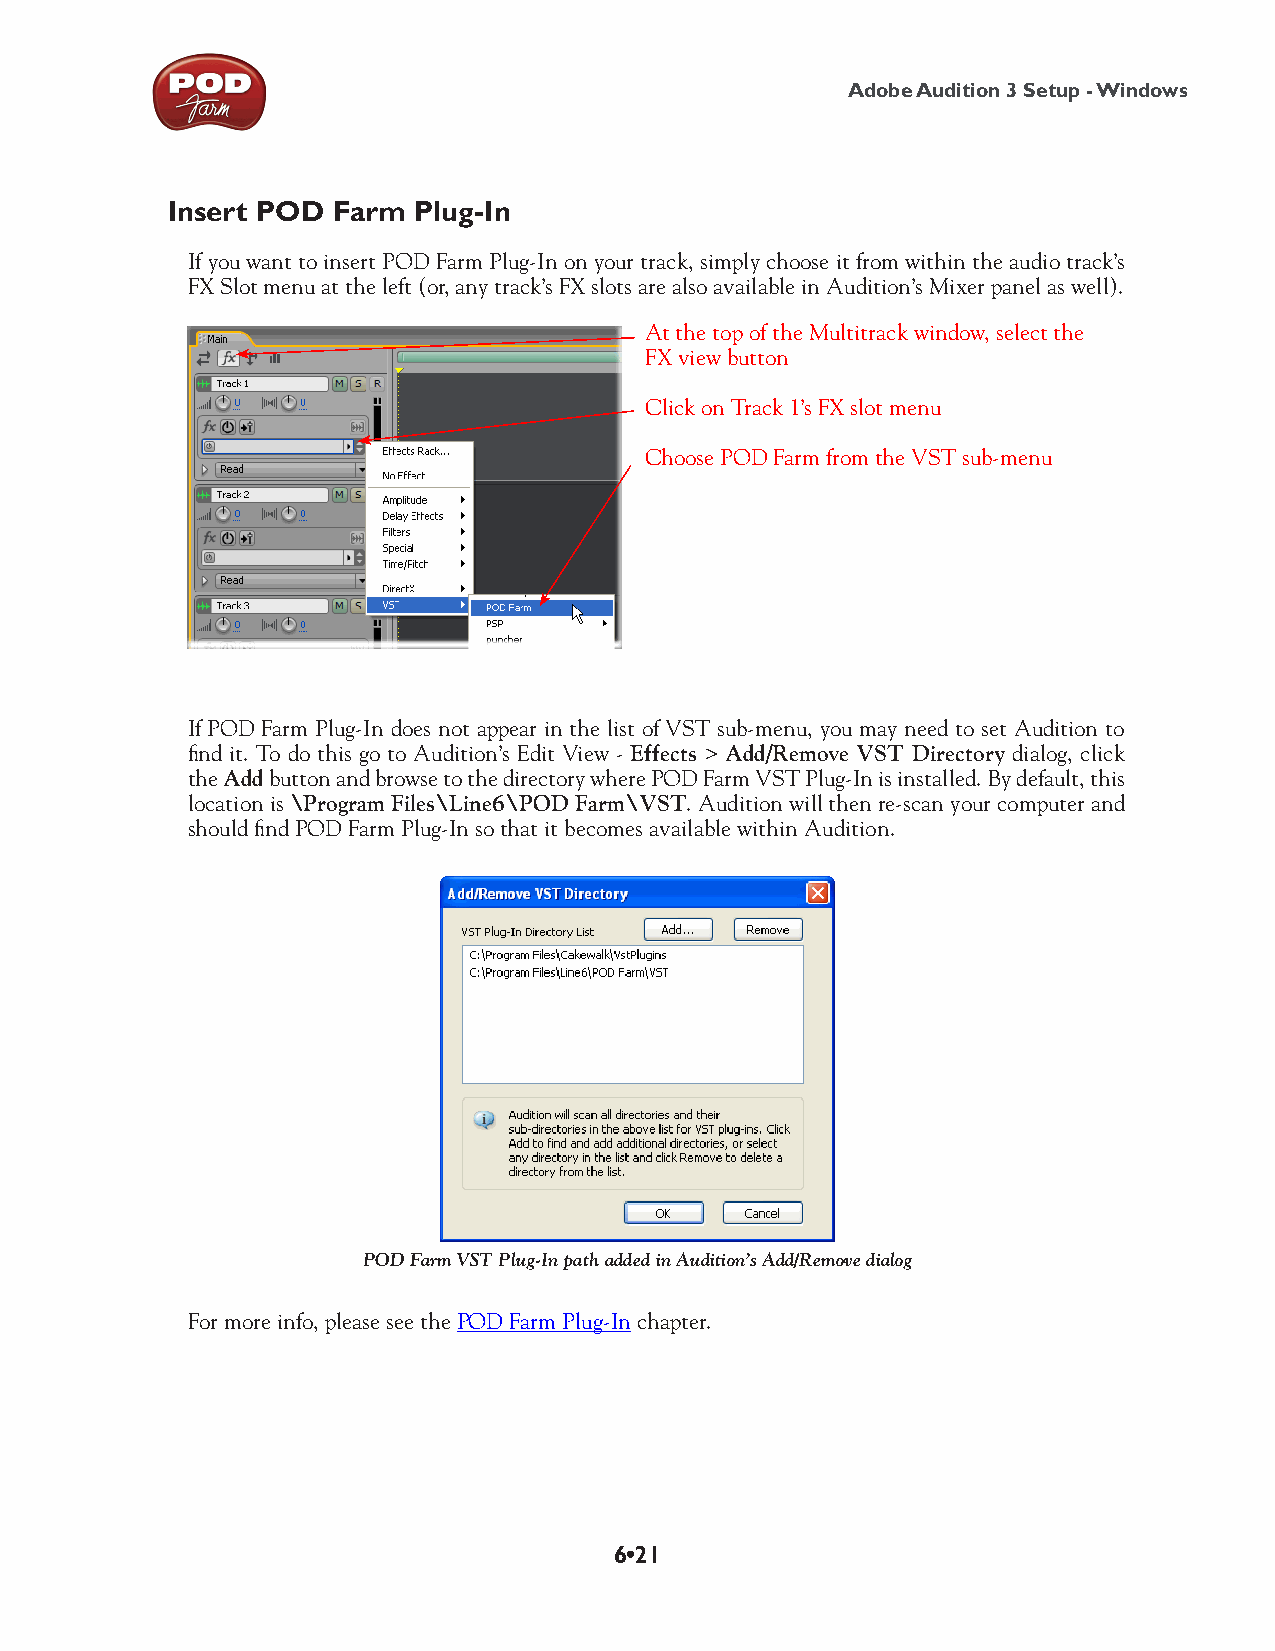
Adobe Audition 3 Setup - Windows
 Insert POD Farm Plug-In
 If you want to insert POD Farm Plug-In on your track, simply choose it from within the audio track’s
 FX Slot menu at the left (or, any track’s FX slots are also available in Audition’s Mixer panel as well).
 At the top of the Multitrack window, select the
 FX view button
 Click on Track 1’s FX slot menu
 Choose POD Farm from the VST sub-menu
 If POD Farm Plug-In does not appear in the list of VST sub-menu, you may need to set Audition to
 find it. To do this go to Audition’s Edit View - Effects > Add/Remove VST Directory dialog, click
 the Add button and browse to the directory where POD Farm VST Plug-In is installed. By default, this
 location is \Program Files\Line6\POD Farm\VST. Audition will then re-scan your computer and
 should find POD Farm Plug-In so that it becomes available within Audition.
 POD Farm VST Plug-In path added in Audition’s Add/Remove dialog
 For more info, please see the POD Farm Plug-In chapter.
 6•21